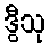
ဒွီသု